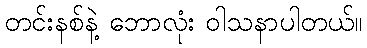
တင်းနစ်နဲ့ ဘောလုံး ဝါသနာပါတယ်။